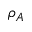
\rho _ { A }